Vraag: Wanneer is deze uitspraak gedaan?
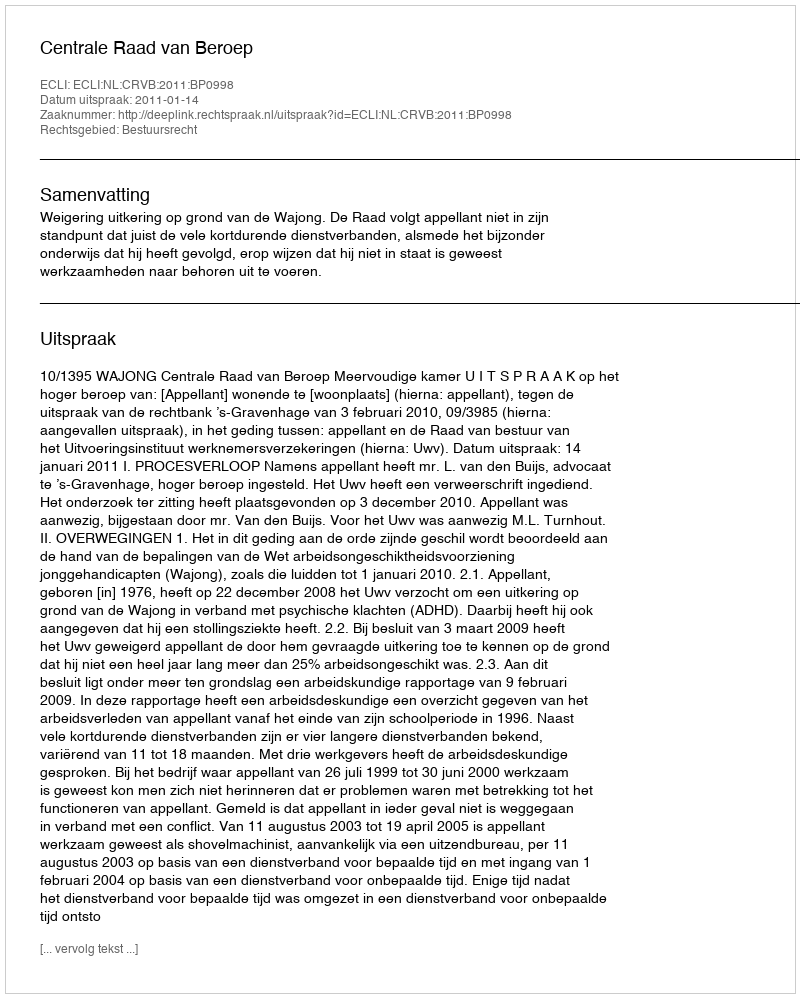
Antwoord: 2011-01-14